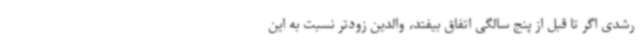
رشدی اگر تا قبل از پنج سالگی اتفاق بیفتد، والدین زودتر نسبت به این